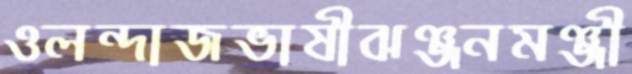
ওলন্দাজভাষীঝঞ্জনমঞ্জী